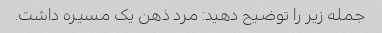
جمله زیر را توضیح دهید: مرد ذهن یک مسیره داشت.